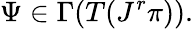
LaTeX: \Psi\in\Gamma(T(J^{r}\pi)).